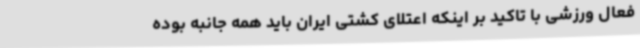
فعال ورزشی با تاکید بر اینکه اعتلای کشتی ایران باید همه جانبه بوده